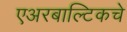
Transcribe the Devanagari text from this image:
एअरबाल्टिकचे